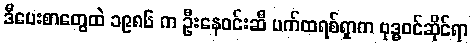
ဒီပေးစာတွေထဲ ၁၉၈၆ က ဦးနေဝင်းဆီ ပက်ထရစ်ရှာက ဗုဒ္ဓဝင်ဆိုင်ရာ